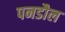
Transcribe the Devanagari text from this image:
पनडौल